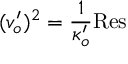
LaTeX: ( v _ { o } ^ { \prime } ) ^ { 2 } = { \frac { 1 } { \kappa _ { o } ^ { \prime } } } \mathrm { R e s }